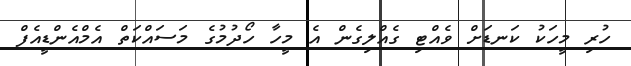
ހުރި މީހަކު ކަނޑަށް ވެއްޓި ގެއްލިގެން އެ މީހާ ހޯދުމުގެ މަސައްކަތް އެމްއެންޑީއެފް